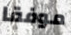
موفقا